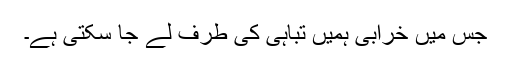
جس میں خرابی ہمیں تباہی کی طرف لے جا سکتی ہے۔